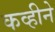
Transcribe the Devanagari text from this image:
कव्हीने